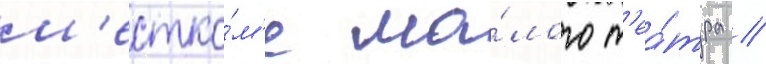
м'естко́м'е ма́лого т'еа́тра //